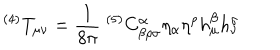
^ { ( 4 ) } T _ { \mu \nu } = \frac { 1 } { 8 \pi } \; ^ { ( 5 ) } C _ { \beta \rho \sigma } ^ { \alpha } \eta _ { \alpha } \eta ^ { \rho } h _ { \mu } ^ { \beta } h _ { \nu } ^ { \sigma }